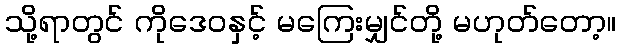
သို့ရာတွင် ကိုဒေဝနှင့် မကြေးမျှင်တို့ မဟုတ်တော့။